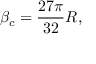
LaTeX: \beta _ { c } = { \frac { 2 7 \pi } { 3 2 } } R ,